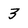
Character: 3